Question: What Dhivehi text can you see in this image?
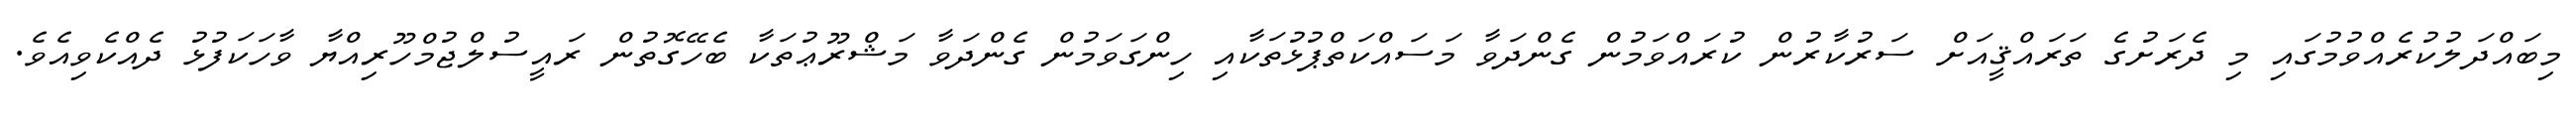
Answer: މިބައްދަލުކުރެއްވުމުގައި މި ދެރަށުގެ ތަރައްޤީއަށް ސަރުކާރުން ކުރައްވަމުން ގެންދަވާ މަސައްކަތްޕުޅުތަކާއި ހިންގަވަމުން ގެންދަވާ މަޝްރޫޢުތަކާ ބެހޭގޮތުން ރައީސުލްޖުމްހޫރިއްޔާ ވާހަކަފުޅު ދެއްކެވިއެވެ.